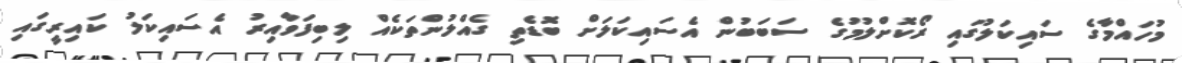
މުހައްމާގެ ސައިކަލުގައި ރޯކޮށްލުމުގެ ސަބަބުން އެސައިކަލަށް ބޮޑެތި ގެއްލުންތަކެއް ލިބިފަވާއިރު އެސައިކަލު ކައިރީގައި